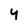
Character: 4